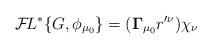
LaTeX: \begin{align*}{\cal F}\!L^*\{G,\phi_{\mu_0} \} =({\bf \Gamma}_{\mu_0} r'^\nu) \chi_\nu \end{align*}